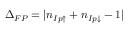
\Delta _ { F P } = | n _ { I p \uparrow } + n _ { I p \downarrow } - 1 |